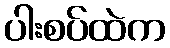
ပါးစပ်ထဲက